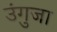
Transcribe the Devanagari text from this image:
उंगुजा